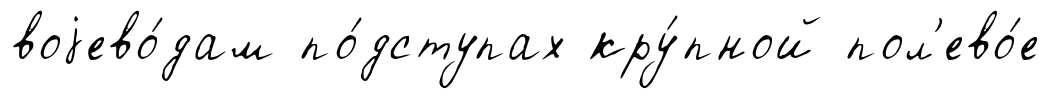
воjево́дам по́дступах кру́пной пол'ево́е